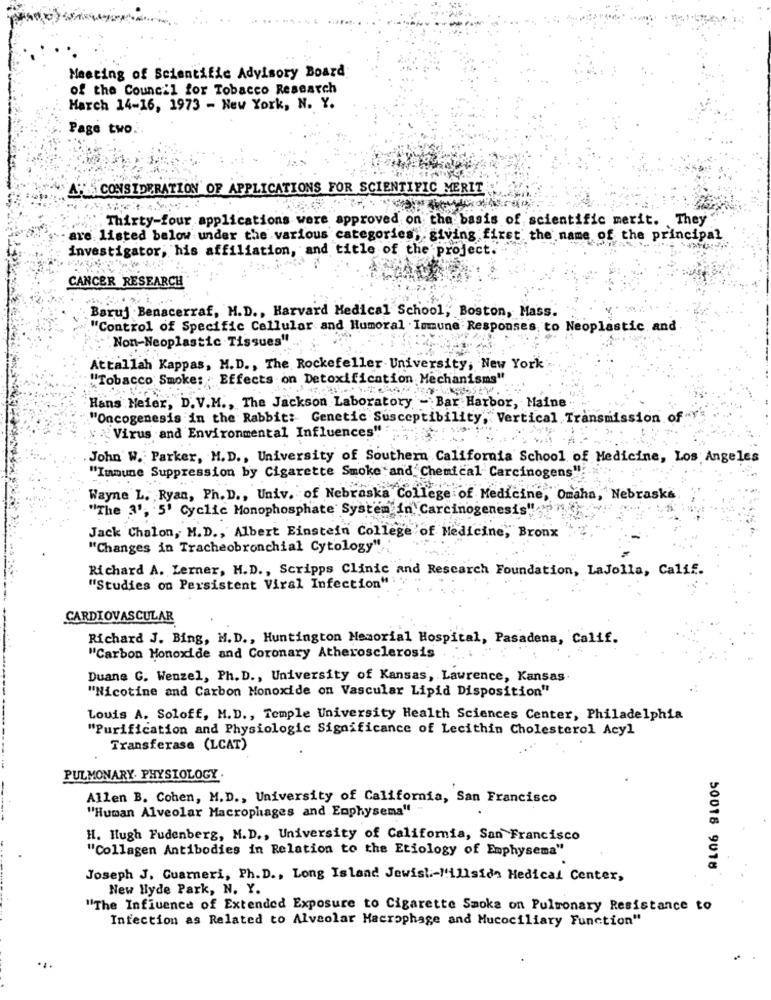
Meeting of Scientific Advisory Board:
of the Council for Tobacco Research
Harch 14-16, 1973 - New York, N. Y.
Page two.
A: CONSIDERATION OF APPLICATIONS FOR SCIENTIFIC MERIT
Thirty-four applications were approved on the basis of scientific merit. They
are listed below under the various categories, giving first the name of the principal
investigator, his affiliation, and title of the project.
CANCER RESEARCH
Baruj Benacerraf, M.D ., Harvard Medical School,' Boston, Mass.
"Control of Specific Cellular and Humoral .Immune Responses, to Neoplastic, and
"Non-Neoplastic Tissues"
Attallah Kappas, M.D ., The Rockefeller University, New York
"Tobacco Smoke: : Effects on Detoxification Mechanisms"
Hans Meier, D.V.M ., The Jackson Laboratory - Bar Harbor, Maine
"Oncogenesis in the Rabbit: Genetic Susceptibility, Vertical Transmission of
Virus and Environmental Influences"
John W. Parker, M.D ., University of Southern California School of Medicine, Los Angeles
"Immune Suppression by Cigarette Smoke and' Chemical Carcinogens"
Wayne L. Ryan, Ph. D ., Univ. of Nebraska College of Medicine, Omaha, Nebraska
"The 3', 5' Cyclic Monophosphate System in Carcinogenesis"
Jack Chalon, M.D ., Albert Einstein College of Medicine, Bronx
"Changes in Tracheobronchial Cytology"
Richard A. Lerner, H.D ., Scripps Clinic and Research Foundation, LaJolla, Calif.
"Studies on Persistent Viral Infection"
CARDIOVASCULAR
Richard J. Bing, M.D ., Huntington Memorial Hospital, Pasadena, Calif.
"Carbon Monoxide and Coronary Atherosclerosis
Duane G. Wenzel, Ph.D ., University of Kansas, Lawrence, Kansas
"Nicotine and Carbon Monoxide on Vascular Lipid Disposition"
Louis A. Soloff, M.D ., Temple University Health Sciences Center, Philadelphia
"Purification and Physiologic Significance of Lecithin Cholesterol Acyl
Transferase (LCAT)
PULMONARY. PHYSIOLOGY .
Allen B. Cohen, M.D ., University of California, San Francisco
"Human Alveolar Macrophages and Emphysema" -
H. Hugh Fudenberg, M.D ., University of California, San Francisco
"Collagen Antibodies in Relation to the Etiology of Emphysema"
50018 9018
Joseph J. Guarneri, Ph. D ., Long Island Jewish :- "'illsidn Medical Center,
New Hyde Park, N. Y.
"The Influence of Extended Exposure to Cigarette Smoke on Pulmonary Resistance to
Infection as Related to Alveolar Macrophage and Mucociliary Function"
.1.